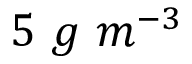
5 \ g \ m ^ { - 3 }